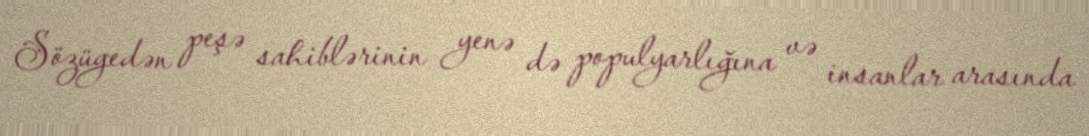
Sözügedən peşə sahiblərinin yenə də populyarlığına və insanlar arasında